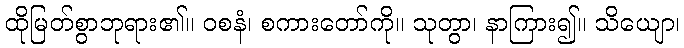
ထိုမြတ်စွာဘုရား၏။ ဝစနံ၊ စကားတော်ကို။ သုတွာ၊ နာကြား၍။ သိယျော၊